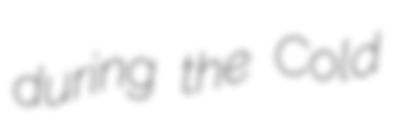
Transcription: during the Cold